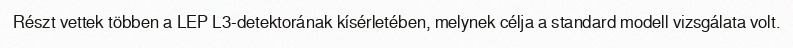
Részt vettek többen a LEP L3-detektorának kísérletében, melynek célja a standard modell vizsgálata volt.